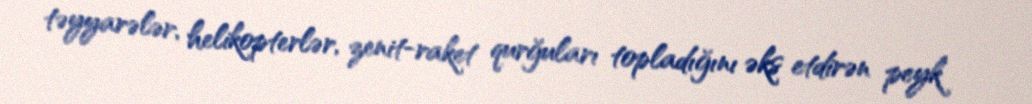
təyyarələr, helikopterlər, zenit-raket qurğuları topladığını əks etdirən peyk